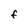
Character: F